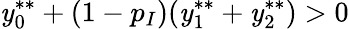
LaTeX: \mathit{y}_{0}^{**}+(1-p_{I})(\mathit{y}_{1}^{**}+\mathit{y}_{2}^{**})>0